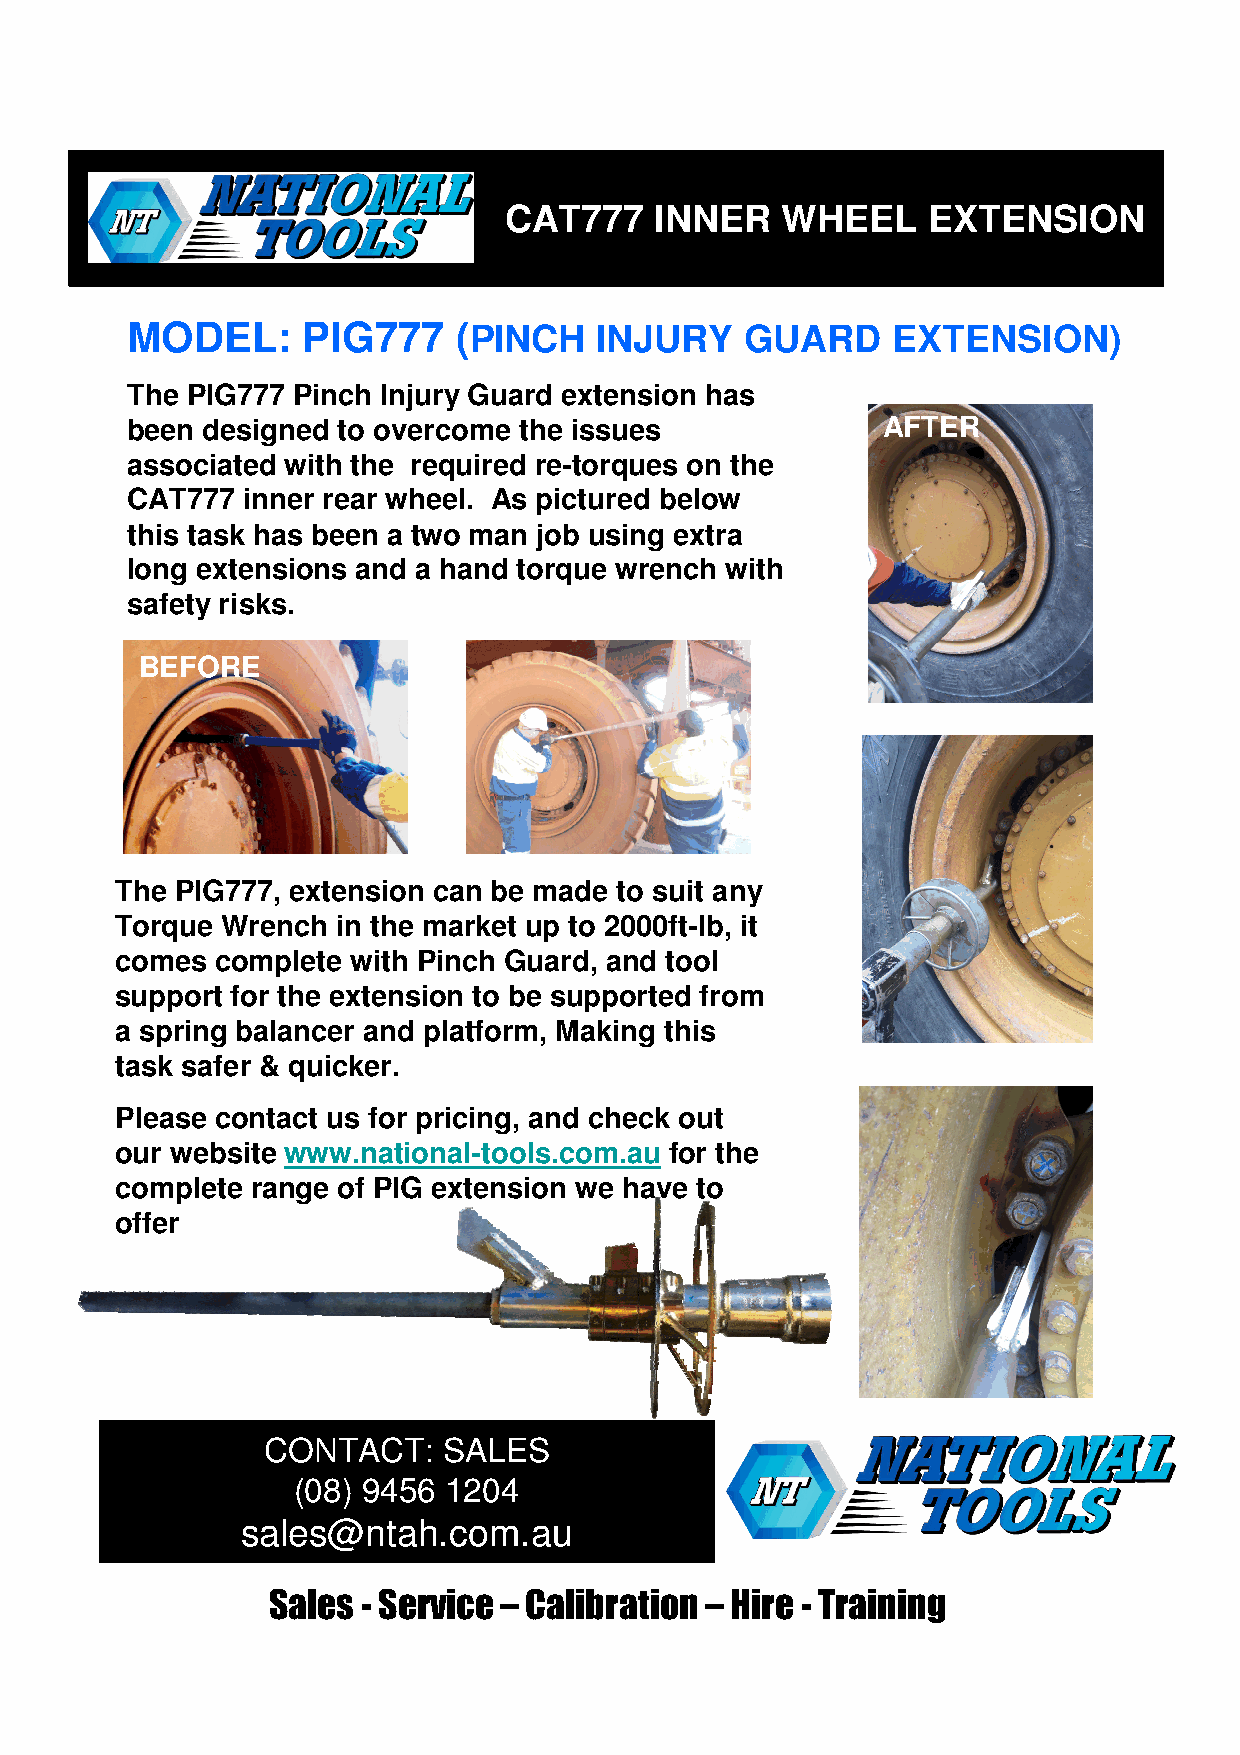
TRUCK     AND    BUS   WHEEL      KIT
 CATTR77U7C INKN AENR DW BHEUESL W EXHTEEENLS KIOINT
 MODEL:      PIG777    (PINCH   INJURY    GUARD     EXTENSION)
 The PIG777 Pinch Injury Guard extension has
 been designed to overcome the issues              AFTER
 associated with the required re-torques on the
 CAT777  inner rear wheel. As pictured below
 this task has been a two man job using extra
 long extensions and a hand torque wrench with
 safety risks.
 BEFORE
 The PIG777, extension can be made to suit any
 Torque Wrench in the market up to 2000ft-lb, it
 comes complete with Pinch Guard, and tool
 support for the extension to be supported from
 a spring balancer and platform, Making this
 task safer & quicker.
 Please contact us for pricing, and check out
 our website www.national-tools.com.au for the
 complete range of PIG extension we have to
 offer
 CONTACT:    SALES
 (08) 9456  1204
 sales@ntah.com.au
 Sales - Service – Calibration – Hire - Training